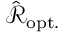
\hat { \mathcal { R } } _ { \mathrm { o p t . } }